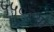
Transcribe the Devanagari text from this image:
५५०च्या